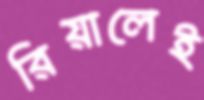
রিয়ালেই